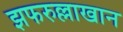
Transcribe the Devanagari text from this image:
झफरुल्लाखान